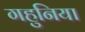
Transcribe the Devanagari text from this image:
गहुनिया